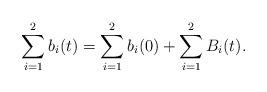
LaTeX: \begin{align*}\sum_{i=1}^{2}b_{i}(t)=\sum_{i=1}^{2}b_{i}(0)+\sum_{i=1}^{2}B_{i}(t).\end{align*}